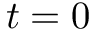
t = 0